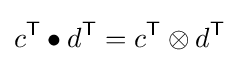
c^{\textsf {T}}\bullet d^{\textsf {T}}=c^{\textsf {T}}\otimes d^{\textsf {T}}